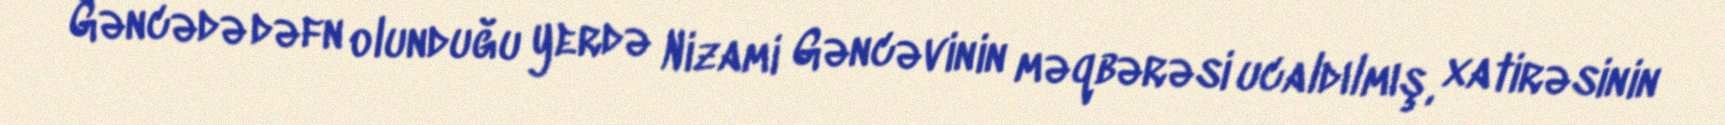
Gəncədə dəfn olunduğu yerdə Nizami Gəncəvinin məqbərəsi ucaldılmış, xatirəsinin